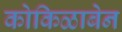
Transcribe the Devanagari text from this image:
कोकिळाबेन